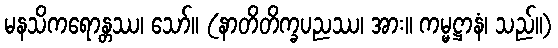
မနသိကရောန္တဿ၊ သော်။ (နာတိတိက္ခပညဿ၊ အား။ ကမ္မဋ္ဌာနံ၊ သည်။)